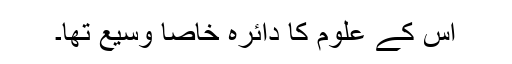
اس کے علوم کا دائرہ خاصا وسیع تھا۔